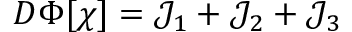
\begin{array} { r } { D \Phi [ \chi ] = \mathcal { J } _ { 1 } + \mathcal { J } _ { 2 } + \mathcal { J } _ { 3 } } \end{array}